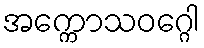
အက္ကောသဝဂ္ဂေါ